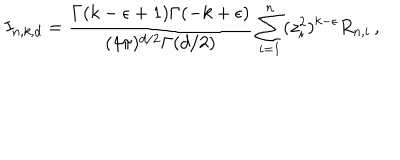
I _ { n , k , d } = \frac { \Gamma ( k - \epsilon + 1 ) \Gamma ( - k + \epsilon ) } { ( 4 \pi ) ^ { d / 2 } \Gamma ( d / 2 ) } \sum _ { i = 1 } ^ { n } ( z _ { i } ^ { 2 } ) ^ { k - \epsilon } R _ { n , i } \, ,